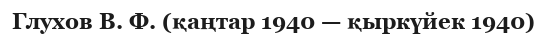
Глухов В. Ф. (қаңтар 1940 — қыркүйек 1940)